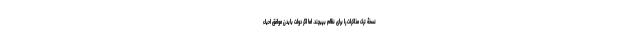
نسخۀ ترک مذاکرات را برای نظام بپیچند. اما اگر دولت بایدن موافق احیاء